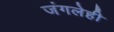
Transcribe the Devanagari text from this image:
जंगलेही